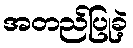
အတည်ပြုခဲ့